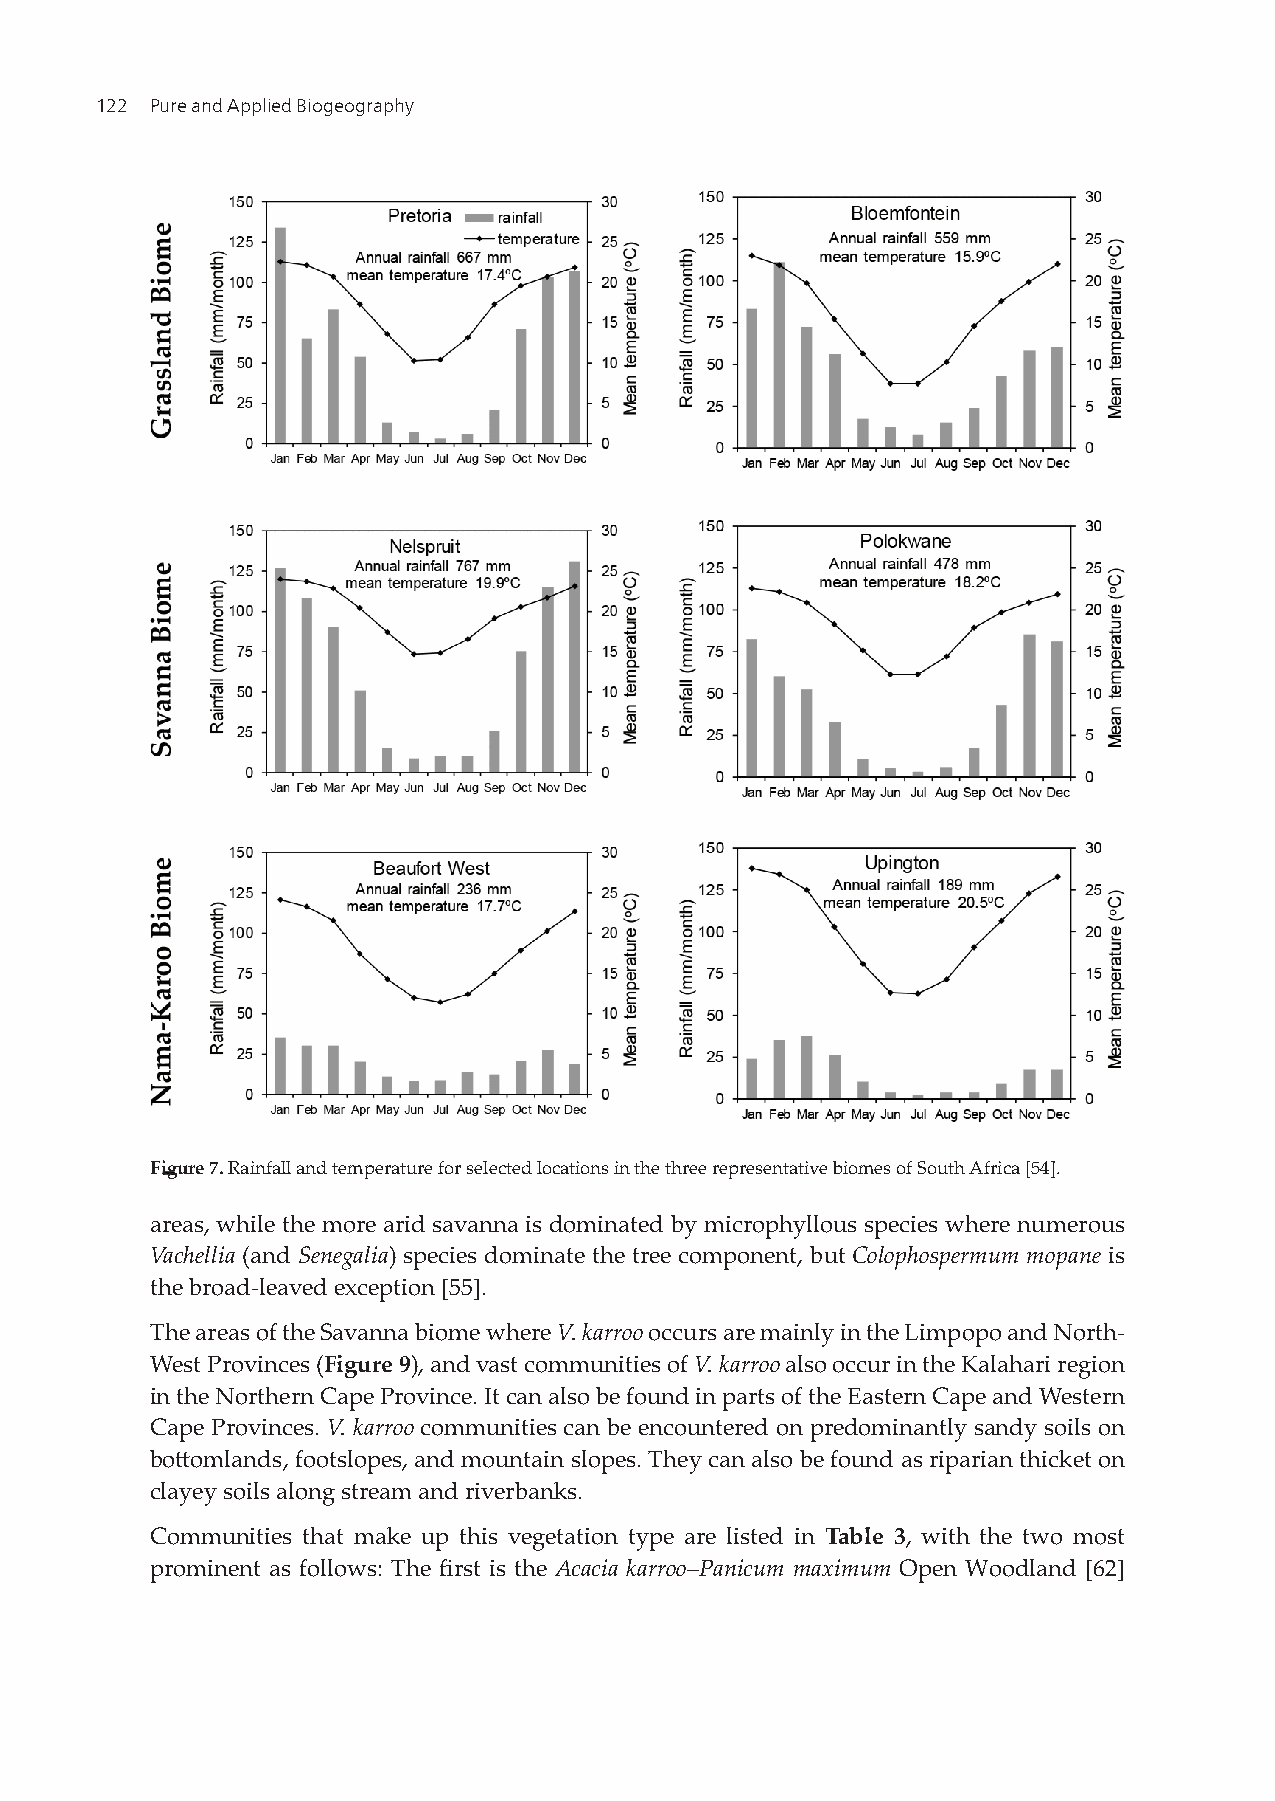
122 Pure and Applied Biogeography
 Figure 7. Rainfall and temperature for selected locations in the three representative biomes of South Africa [54].
 areas, while the more arid savanna is dominated by microphyllous species where numerous
 Vachellia (and Senegalia) species dominate the tree component, but Colophospermum mopane is
 the broad-leaved exception [55].
 The areas of the Savanna biome where V. karroo occurs are mainly in the Limpopo and North-
 West Provinces (Figure 9), and vast communities of V. karroo also occur in the Kalahari region
 in the Northern Cape Province. It can also be found in parts of the Eastern Cape and Western
 Cape Provinces. V. karroo communities can be encountered on predominantly sandy soils on
 bottomlands, footslopes, and mountain slopes. They can also be found as riparian thicket on
 clayey soils along stream and riverbanks.
 Communities that make up this vegetation type are listed in Table 3, with the two most
 prominent as follows: The first is the Acacia karroo–Panicum maximum Open Woodland [62]